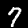
Digit: 7